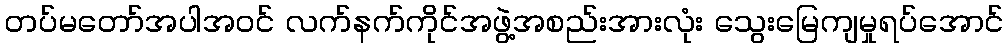
တပ်မတော်အပါအဝင် လက်နက်ကိုင်အဖွဲ့အစည်းအားလုံး သွေးမြေကျမှုရပ်အောင်